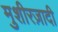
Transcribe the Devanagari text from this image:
मुशीरज़ादी